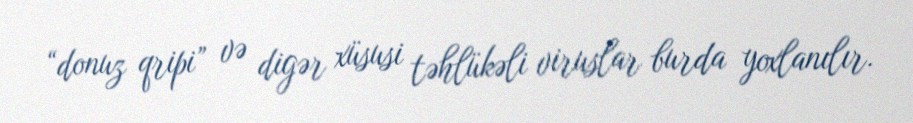
“donuz qripi” və digər xüsusi təhlükəli viruslar burda yoxlanılır.